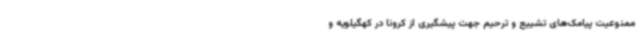
ممنوعیت پیامک‌های تشییع و ترحیم جهت پیشگیری از کرونا در کهگیلویه و